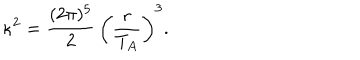
\kappa ^ { 2 } = \frac { ( 2 \pi ) ^ { 5 } } { 2 } \, \left( \frac { r } { T _ { A } } \right) ^ { 3 } .